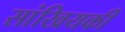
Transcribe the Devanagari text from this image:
सांखियकी